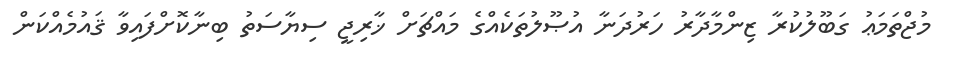
މުޖްތަމަޢު ގަބޫލުކުރާ ޒިންމާދާރު ހަރުދަނާ އުޞޫލުތަކެއްގެ މައްޗަށް ޚާރިޖީ ސިޔާސަތު ބިނާކޮށްފައިވާ ޤައުމެއްކަން